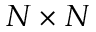
N \times N